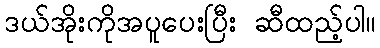
ဒယ်အိုးကိုအပူပေးပြီး ဆီထည့်ပါ။